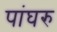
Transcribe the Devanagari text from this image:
पांघरु